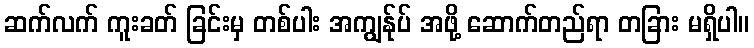
ဆက်လက် ကူးခတ် ခြင်းမှ တစ်ပါး အကျွန်ုပ် အဖို့ ဆောက်တည်ရာ တခြား မရှိပါ။